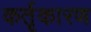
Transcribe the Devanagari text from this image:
कर्तृकारण